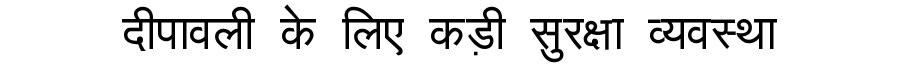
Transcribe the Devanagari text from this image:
दीपावली के लिए कड़ी सुरक्षा व्यवस्था